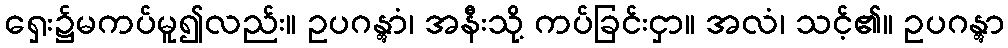
ရှေး၌မကပ်မူ၍လည်း။ ဥပဂန္တွာံ၊ အနီးသို့ ကပ်ခြင်းငှာ။ အလံ၊ သင့်၏။ ဥပဂန္တွာ